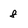
Character: 8